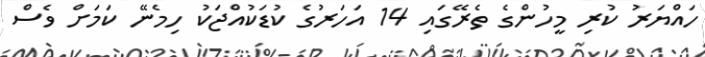
ހައްޔަރު ކުރި މީހުންގެ ތެރޭގައި 14 އަހަރުގެ ކުޑަކުއްޖަކު ހިމެނޭ ކަމަށް ވެސް